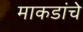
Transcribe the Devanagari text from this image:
माकडांचे